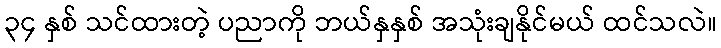
၃၄ နှစ် သင်ထားတဲ့ ပညာကို ဘယ်နှနှစ် အသုံးချနိုင်မယ် ထင်သလဲ။